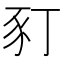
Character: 𧰩